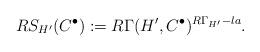
LaTeX: \begin{align*}RS_{H'}(C^\bullet):= R\Gamma(H', C^{\bullet})^{R\Gamma_{H'}-la}. \end{align*}